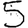
Digit: 5